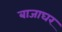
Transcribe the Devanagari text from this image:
बाजाघर